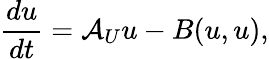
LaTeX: \frac{du}{dt}=\mathcal{A}_{U}u-B(u,u),